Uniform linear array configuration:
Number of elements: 16
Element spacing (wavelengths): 0.5
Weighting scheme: hann
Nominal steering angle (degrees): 15
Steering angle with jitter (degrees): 13.25
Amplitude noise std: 0.05
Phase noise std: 0.05

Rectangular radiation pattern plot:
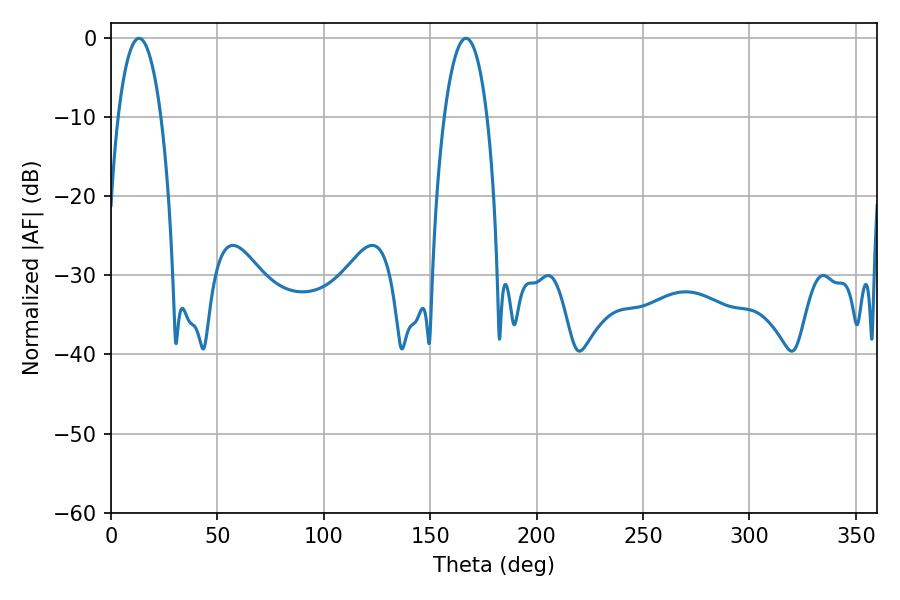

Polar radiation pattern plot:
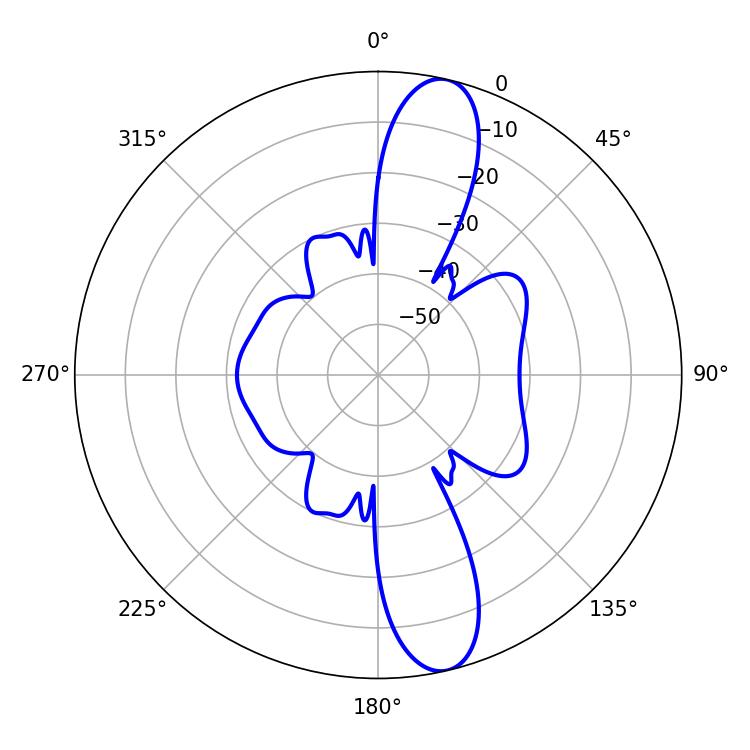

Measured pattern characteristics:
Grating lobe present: FALSE
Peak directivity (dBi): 13.154
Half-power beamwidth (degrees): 11.34
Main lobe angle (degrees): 13.14